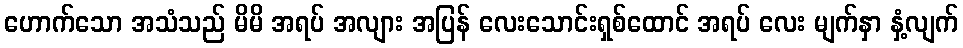
ဟောက်သော အသံသည် မိမိ အရပ် အလျား အပြန် လေးသောင်းရှစ်ထောင် အရပ် လေး မျက်နှာ နှံ့လျက်